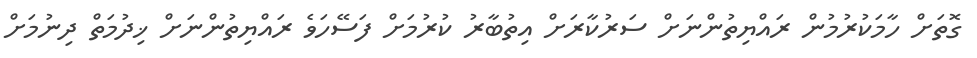
ގޮތަށް ހާމަކުރުމުން ރައްޔިތުންނަށް ސަރުކާރަށް އިތުބާރު ކުރުމަށް ފަސޭހަވެ ރައްޔިތުންނަށް ޚިދުމަތް ދިނުމަށް